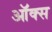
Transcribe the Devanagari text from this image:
ऑक्‍स